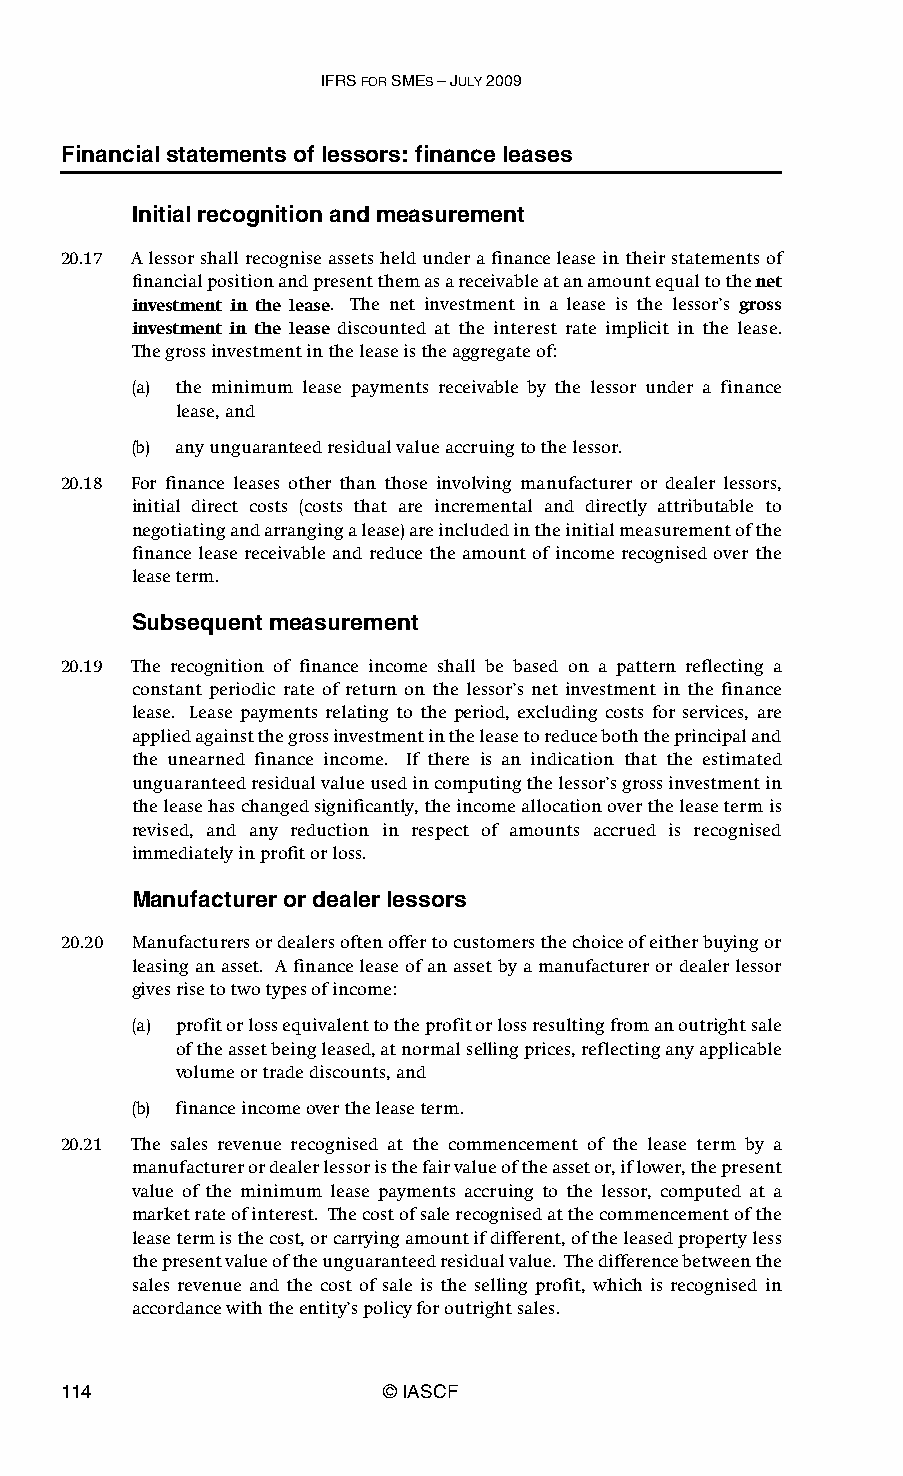
IFRS FOR SMES – JULY 2009
 Financial statements of lessors: finance leases
 Initial recognition and measurement
 20.17 A lessor shall recognise assets held under a finance lease in their statements of
 financial position and present them as a receivable at an amount equal to the net
 investment in the lease. The net investment in a lease is the lessor’s gross
 investment in the lease discounted at the interest rate implicit in the lease.
 Thegross investment in the lease is the aggregate of:
 (a) the minimum lease payments receivable by the lessor under a finance
 lease, and
 (b) any unguaranteed residual value accruing to the lessor.
 20.18 For finance leases other than those involving manufacturer or dealer lessors,
 initial direct costs (costs that are incremental and directly attributable to
 negotiating and arranging a lease) are included in the initial measurement of the
 finance lease receivable and reduce the amount of income recognised over the
 lease term.
 Subsequent measurement
 20.19 The recognition of finance income shall be based on a pattern reflecting a
 constant periodic rate of return on the lessor’s net investment in the finance
 lease. Lease payments relating to the period, excluding costs for services, are
 applied against the gross investment in the lease to reduce both the principal and
 the unearned finance income. If there is an indication that the estimated
 unguaranteed residual value used in computing the lessor’s gross investment in
 the lease has changed significantly, the income allocation over the lease term is
 revised, and any reduction in respect of amounts accrued is recognised
 immediately in profit or loss.
 Manufacturer or dealer lessors
 20.20 Manufacturers or dealers often offer to customers the choice of either buying or
 leasing an asset. A finance lease of an asset by a manufacturer or dealer lessor
 gives rise to two types of income:
 (a) profit or loss equivalent to the profit or loss resulting from an outright sale
 of the asset being leased, at normal selling prices, reflecting any applicable
 volume or trade discounts, and
 (b) finance income over the lease term.
 20.21 The sales revenue recognised at the commencement of the lease term by a
 manufacturer or dealer lessor is the fair value of the asset or, if lower, the present
 value of the minimum lease payments accruing to the lessor, computed at a
 market rate of interest. The cost of sale recognised at the commencement of the
 lease term is the cost, or carrying amount if different, of the leased property less
 the present value of the unguaranteed residual value. The difference between the
 sales revenue and the cost of sale is the selling profit, which is recognised in
 accordance with the entity’s policy for outright sales.
 114                   © IASCF